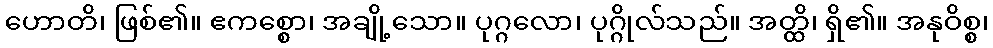
ဟောတိ၊ ဖြစ်၏။ ဧကစ္စော၊ အချို့သော။ ပုဂ္ဂလော၊ ပုဂ္ဂိုလ်သည်။ အတ္ထိ၊ ရှိ၏။ အနုဝိစ္စ၊